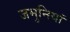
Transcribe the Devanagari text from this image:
जमुनियां